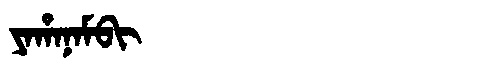
Manchu: ᠶᠠᡥᠠᠨᠠᠮᠪᡳ
Romanization: YAHANAMBI